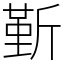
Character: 𣂷